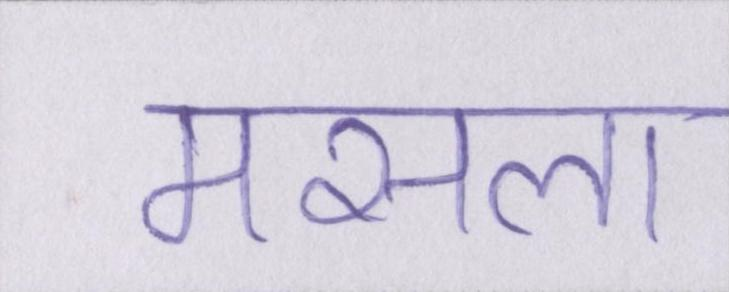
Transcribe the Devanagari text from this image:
मसला